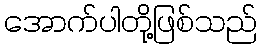
အောက်ပါတို့ဖြစ်သည်